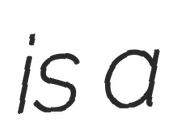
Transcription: is a